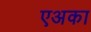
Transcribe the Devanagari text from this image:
एअका